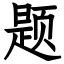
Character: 题